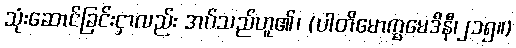
သုံးဆောင်ခြင်းငှာလည်း အပ်သည်ဟူ၏၊ (ပါတိမောက္ခမေဒိနီ၊၂၁၅။)